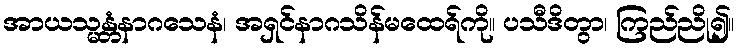
အာယသ္မန္တံနာဂသေနံ၊ အရှင်နာဂသိန်မထေရ်ကို။ ပသီဒိတွာ၊ ကြည်ညို၍။